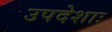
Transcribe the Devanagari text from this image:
उपदेशाः